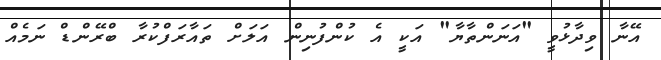
އޭނާ ވިދާޅުވީ "އަނަންތާޔާ" އަކީ އެ ކުންފުނިން އަލަށް ތައާރަފްކުރާ ބްރޭންޑް ނަމެއް